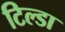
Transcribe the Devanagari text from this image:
टिल्डा